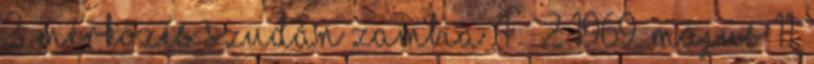
2. mérkőzés Szudán–Zambia 4 – 2 1969. május 11.